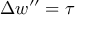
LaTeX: \Delta w ^ { \prime \prime } = \tau